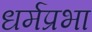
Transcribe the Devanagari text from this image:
धर्मप्रभा